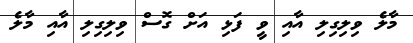
މާލެ ވިލިގިލި އާއި ވީ ފަޅި އަށް ގޮސް ވިލިގިލި އާއި މާލެ